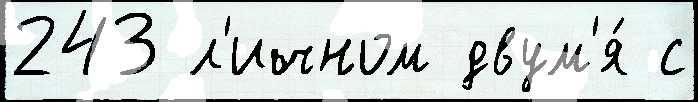
243 л'ичном двум'я́ с